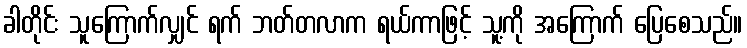
ခါတိုင်း သူကြောက်လျှင် ရက် ဘတ်တလာက ရယ်ကာဖြင့် သူ့ကို အကြောက် ပြေစေသည်။